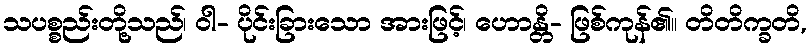
သပစ္စည်းတို့သည်၊ ဝါ- ပိုင်းခြားသော အားဖြင့်၊ ဟောန္တိ- ဖြစ်ကုန်၏။ တိတိက္ခတိ,